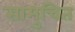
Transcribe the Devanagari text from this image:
सामुचित